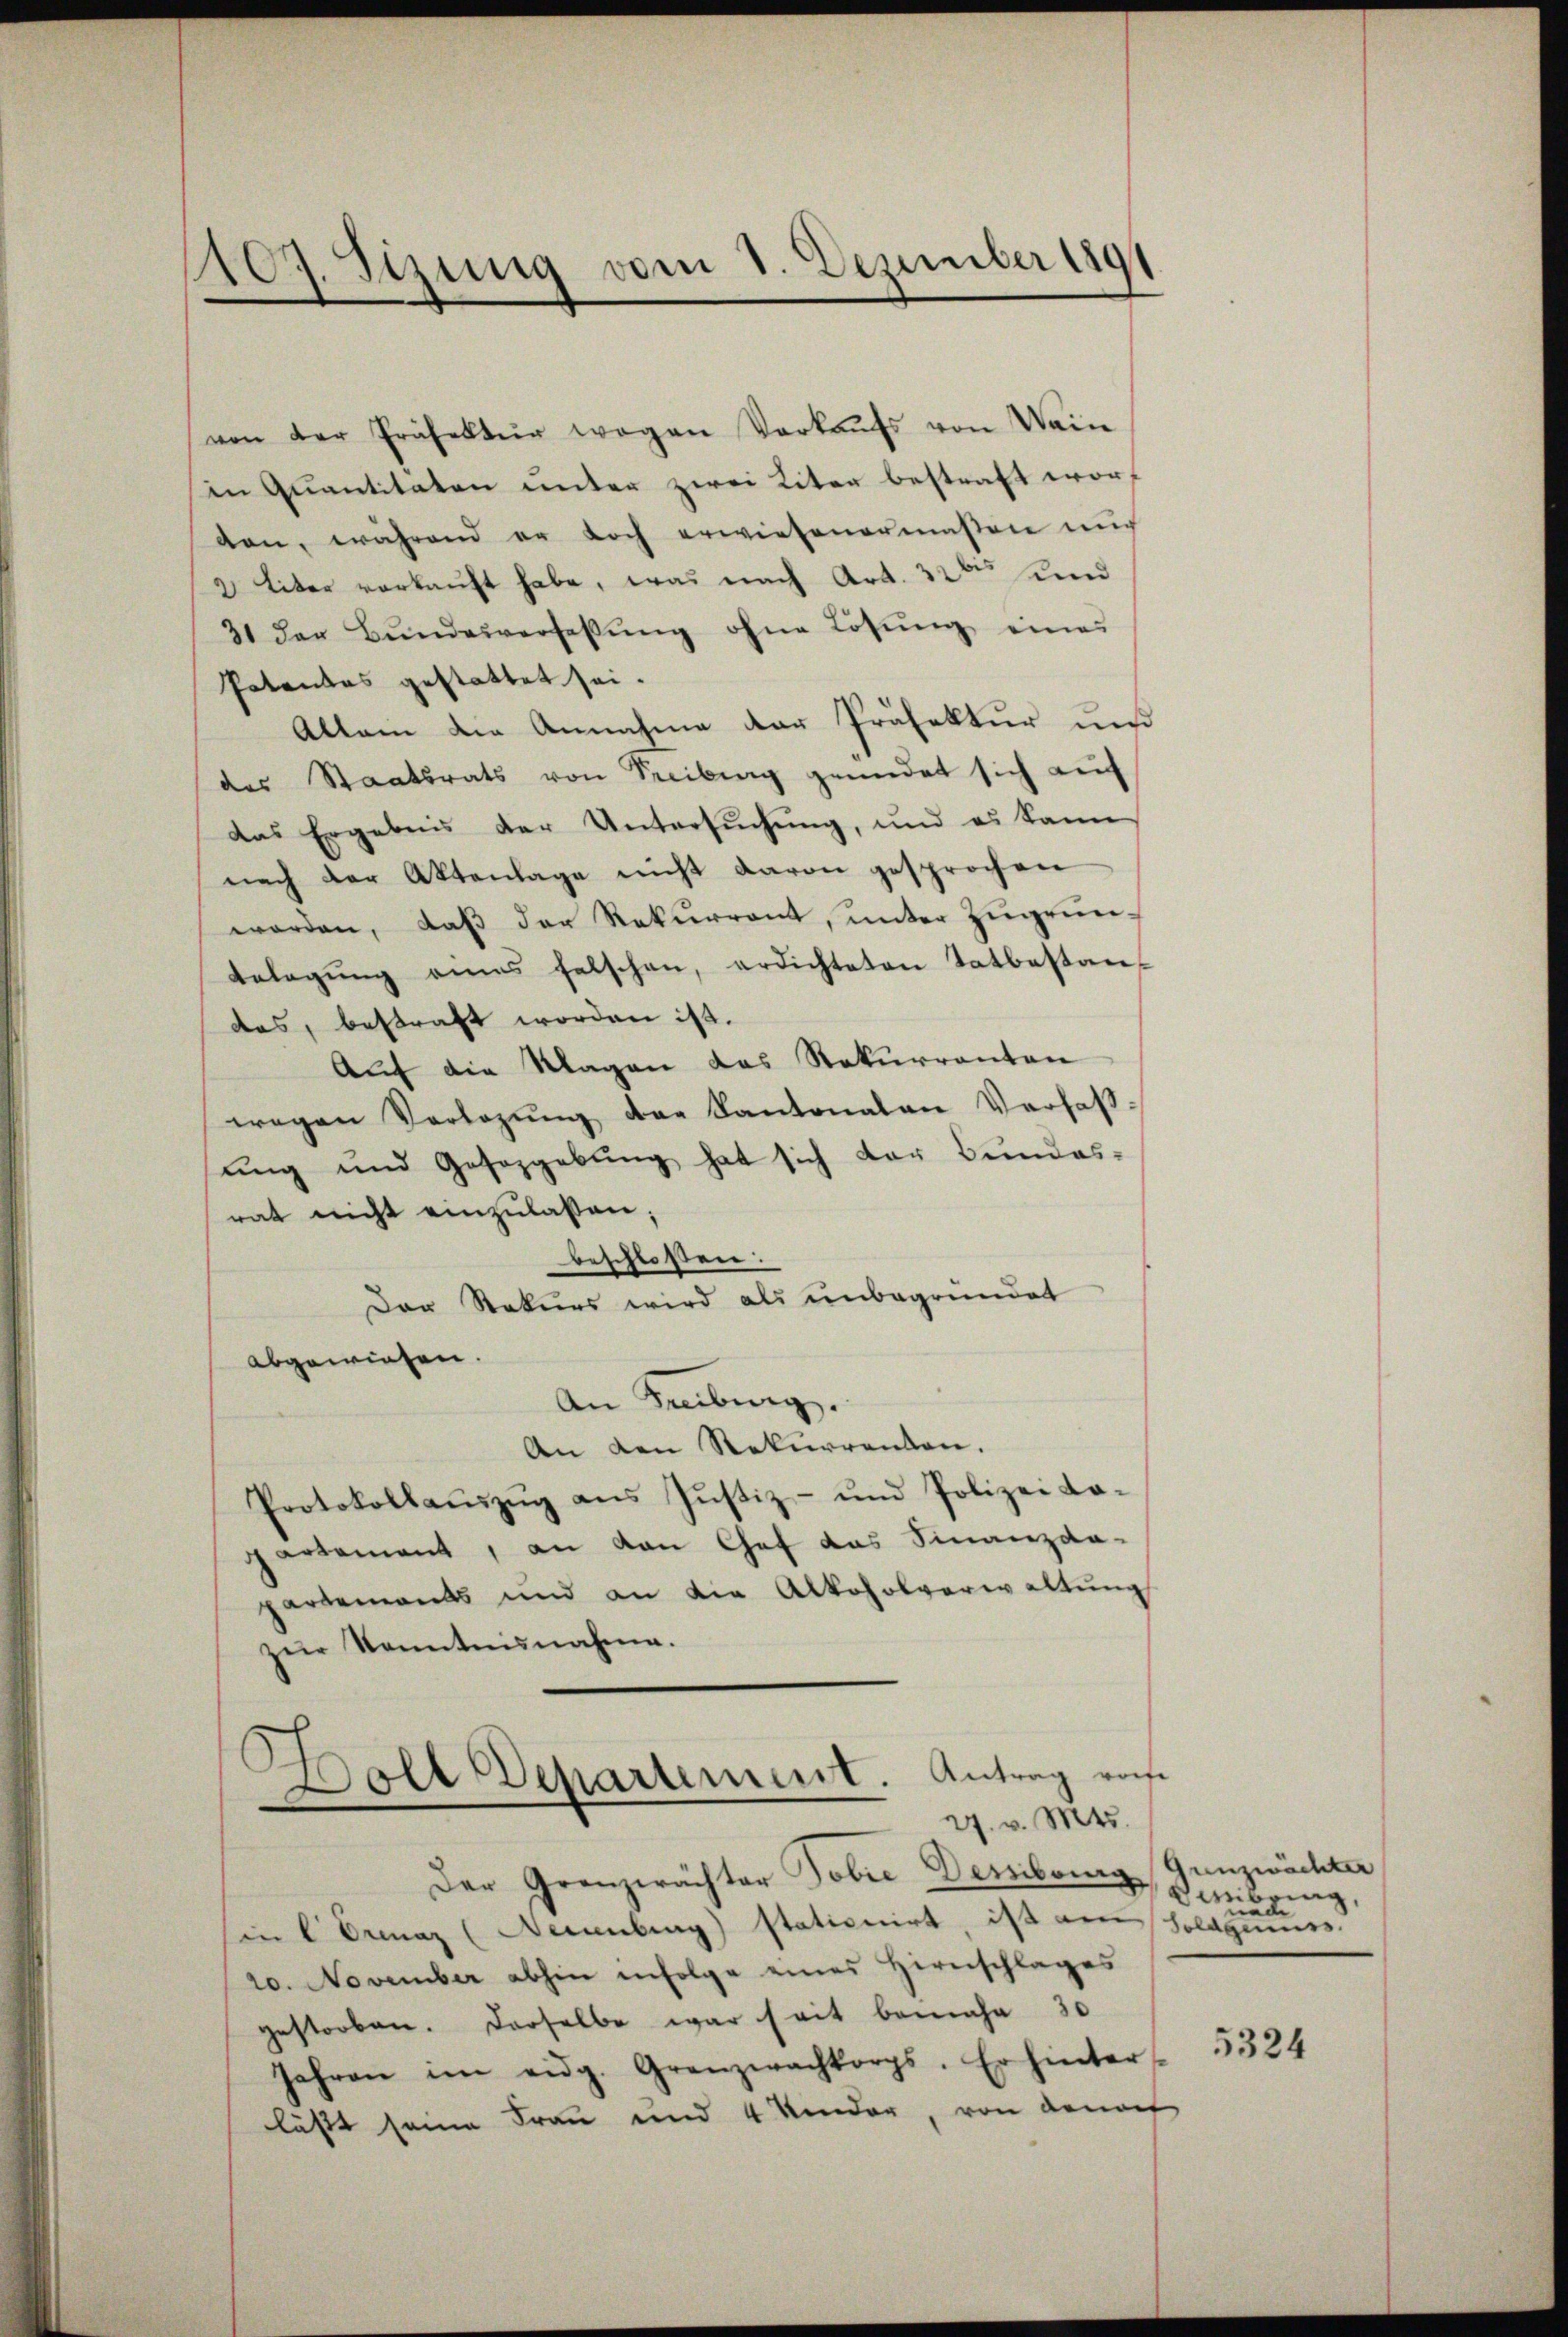
107. Sizung vom 1. Dezember 1891

von der Präfektur wegen Verkaŭfs von Wein
in Quantitäten unter zwei Liter bestraft worten, während er doch erwiesenermaßen mich
2 Liter verkaŭft habe, was nach Art. 32 und
31 der Bŭndesverfassŭng ohne Lösung eines
Patentes gestattet sei.
Allein die Annahme der Präfektur und
des Staatsrats von Freiburg gemüdet sich auf
das Ergebnis der Untersuchung, und es kann
nach der Aktenlage nicht davon gesprochen
worden, daß der Rekurrent, unter zugrun¬
Gelegŭng eines falschen, erdichteten Tatbestan
das, bestraft worden ist.
Auf die Klagen das Rekurrenten
wegen Verlegŭng der Kantonalen Verfaßung und Gesetzgebung hat sich der Bundes-
rat nicht einzulassen;
beschlossen:
Der Rekurs wird als unbegründet
abgewiesen.
An Freiburg.
An den Rekurrenten.
Protokollaŭszŭg ans Jŭstiz- und Polizei Lo-
partement, an den Chef das Finanzda-
partements und an die Alkoholverwaltung
zŭr Kenntnisnahme.
Boll Departement. Antrag von

27. v. Mts.

Der Grenzerächter Tobie Dembourg Gunzwächter
sin   Orenaz (Neuenburg) stationirt, ist am Soldgenuss.
20. November abhin infolge eines Hirnschlages
gestorben. Derselbe war seit bemühe 30
Jahren im eidg. Granzwachkorps. Er hinter-
lässt seine Frau und 4 Kinder, von danach

dweibring,

5324